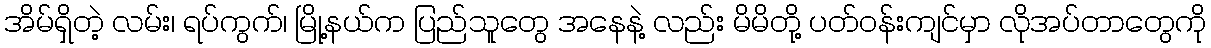
အိမ်ရှိတဲ့ လမ်း၊ ရပ်ကွက်၊ မြို့နယ်က ပြည်သူတွေ အနေနဲ့ လည်း မိမိတို့ ပတ်ဝန်းကျင်မှာ လိုအပ်တာတွေကို